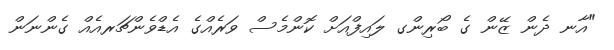
"އާނ ދެން ޒޭން ގެ ބޯރިންގ ލައިފްއަށް ކޮންމެސް ވަރެއްގެ އެޑްވެންޗަރއެއް ގެންނަން